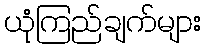
ယုံကြည်ချက်များ